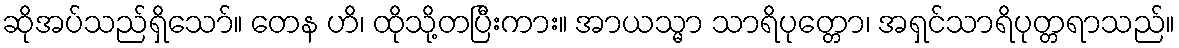
ဆိုအပ်သည်ရှိသော်။ တေန ဟိ၊ ထိုသို့တပြီးကား။ အာယသ္မာ သာရိပုတ္တော၊ အရှင်သာရိပုတ္တရာသည်။